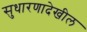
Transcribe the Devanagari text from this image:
सुधारणादेखील